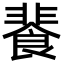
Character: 餥